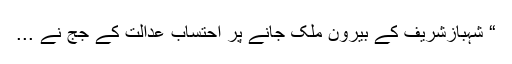
“ شہبازشریف کے بیرون ملک جانے پر احتساب عدالت کے جج نے ...